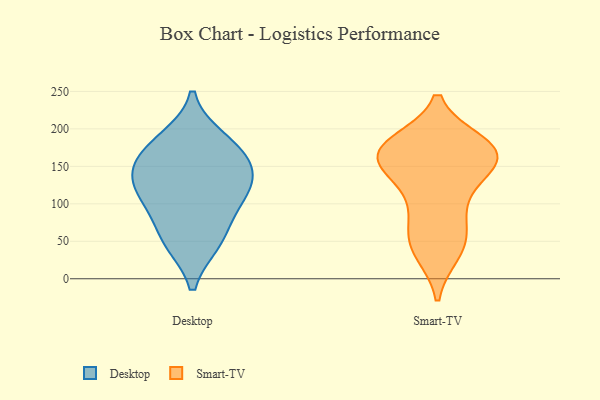
{"axis": {"x": "Net Income (USD K)", "y": "Value"}, "legend": ["Desktop", "Smart-TV"], "data": [{"x": "", "y": 49, "type": "Desktop"}, {"x": "", "y": 133, "type": "Desktop"}, {"x": "", "y": 161, "type": "Desktop"}, {"x": "", "y": 51, "type": "Desktop"}, {"x": "", "y": 143, "type": "Desktop"}, {"x": "", "y": 186, "type": "Desktop"}, {"x": "", "y": 107, "type": "Desktop"}, {"x": "", "y": 175, "type": "Desktop"}, {"x": "", "y": 92, "type": "Desktop"}, {"x": "", "y": 124, "type": "Desktop"}, {"x": "", "y": 166, "type": "Smart-TV"}, {"x": "", "y": 165, "type": "Smart-TV"}, {"x": "", "y": 86, "type": "Smart-TV"}, {"x": "", "y": 69, "type": "Smart-TV"}, {"x": "", "y": 150, "type": "Smart-TV"}, {"x": "", "y": 180, "type": "Smart-TV"}, {"x": "", "y": 44, "type": "Smart-TV"}, {"x": "", "y": 36, "type": "Smart-TV"}, {"x": "", "y": 44, "type": "Smart-TV"}, {"x": "", "y": 167, "type": "Smart-TV"}, {"x": "", "y": 130, "type": "Smart-TV"}, {"x": "", "y": 175, "type": "Smart-TV"}, {"x": "", "y": 167, "type": "Smart-TV"}, {"x": "", "y": 177, "type": "Smart-TV"}, {"x": "", "y": 159, "type": "Smart-TV"}, {"x": "", "y": 112, "type": "Smart-TV"}]}